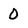
Character: 0